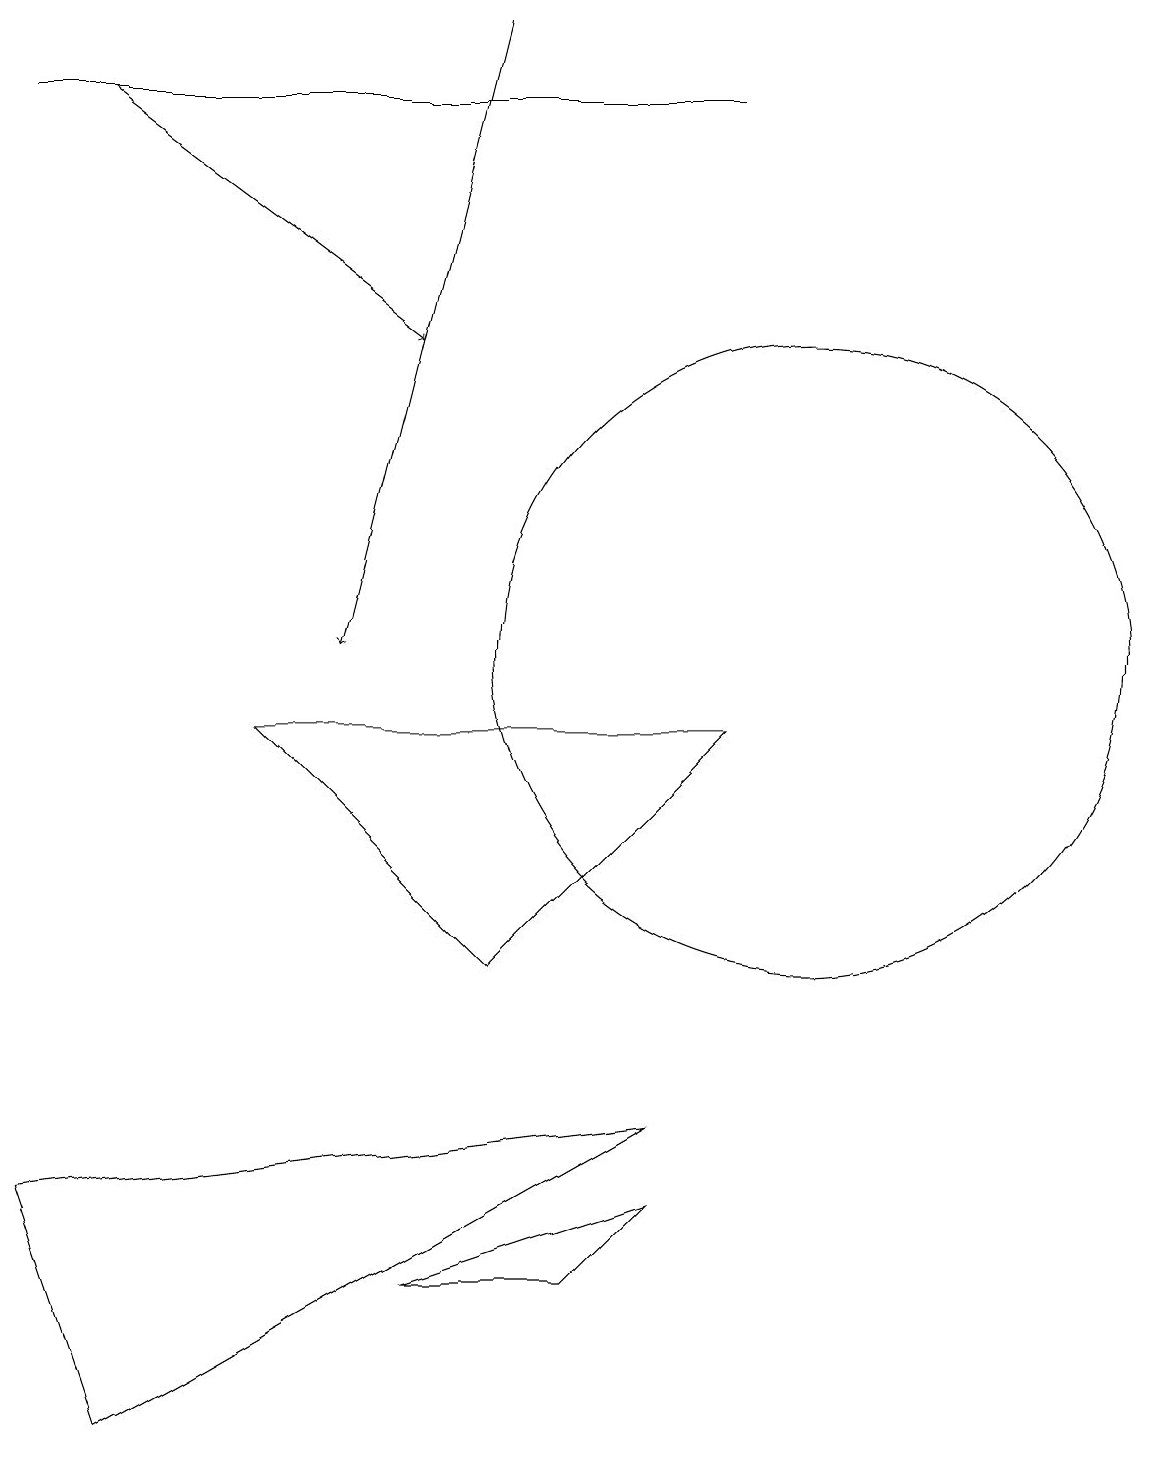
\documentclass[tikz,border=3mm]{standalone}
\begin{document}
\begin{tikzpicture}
\draw (0,3) -- (8,4) -- (1,0) -- cycle;
\draw (7,2) -- (5,2) -- (8,3) -- cycle;
\draw[->] (1,17) -- (5,14);
\draw[->] (6,18) -- (4,10);
\draw (0,17) rectangle (9,17);
\draw (9,9) -- (3,9) -- (6,6) -- cycle;
\draw (10,10) circle (4);
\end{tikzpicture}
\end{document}